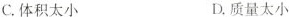
C.体积太小 D.质量太小